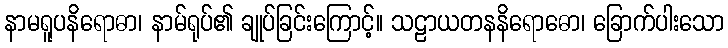
နာမရူပနိရောဓာ၊ နာမ်ရုပ်၏ ချုပ်ခြင်းကြောင့်။ သဠာယတနနိရောဓော၊ ခြောက်ပါးသော